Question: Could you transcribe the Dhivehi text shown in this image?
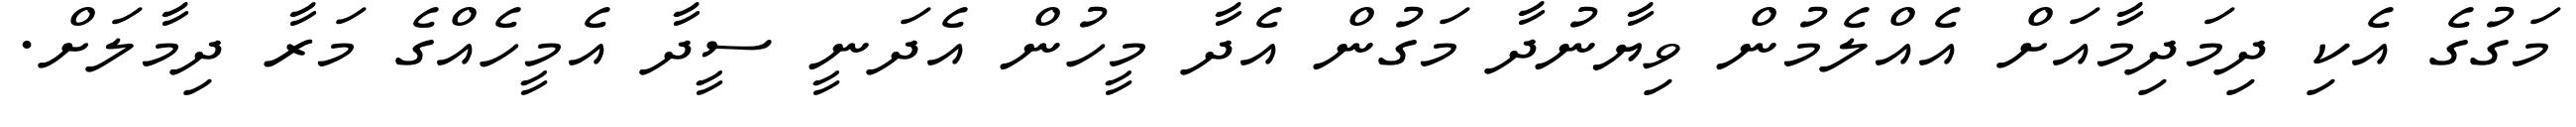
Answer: މަގުގެ އެކި ދިމަދިމާއަށް އެއްލެމުން ވިޔާނުދާ މަގުން އެދާ މީހުން އެދަނީ ސީދާ އެމީހެއްގެ މަރާ ދިމާލަށް.